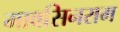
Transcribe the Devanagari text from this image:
मावसिनराम